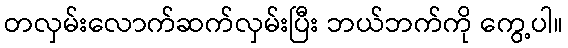
တလှမ်းလောက်ဆက်လှမ်းပြီး ဘယ်ဘက်ကို ကွေ့ပါ။